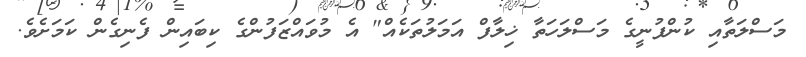
މަސްލަތާއި ކުންފުނީގެ މަސްލަހަތާ ޚިލާފް އަމަލުތަކެއް" އެ މުވައްޒަފުންގެ ކިބައިން ފެނިގެން ކަމަށެވެ.